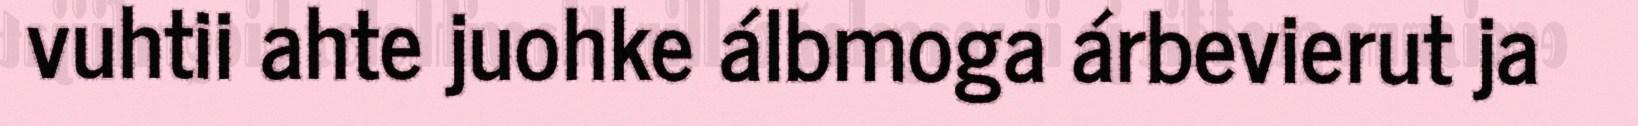
vuhtii ahte juohke álbmoga árbevierut ja